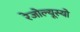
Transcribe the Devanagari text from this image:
रेजोल्यूस्यो